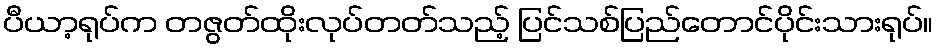
ပီယာ့ရုပ်က တဇွတ်ထိုးလုပ်တတ်သည့် ပြင်သစ်ပြည်တောင်ပိုင်းသားရုပ်။